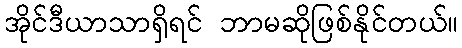
အိုင်ဒီယာသာရှိရင် ဘာမဆိုဖြစ်နိုင်တယ်။